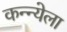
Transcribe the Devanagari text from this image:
कन्न्येला